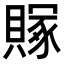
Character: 𬥥